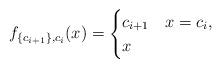
LaTeX: \begin{align*}f_{\{c_{i+1}\},c_i}(x)=\begin{cases}c_{i+1} & x=c_i,\\x & \end{cases}\end{align*}